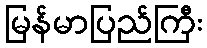
မြန်မာပြည်ကြီး